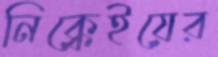
নিক্কেইয়ের